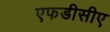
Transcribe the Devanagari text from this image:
एफडीसीए